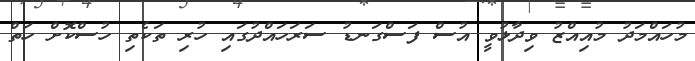
މުހައްމަދު މުއިއްޒު ވިދާޅުވީ އުސް ފަސްގަނޑު ސަރަހައްދުގައި ހުރި ތަކެތި ހުސްކޮށް ހަތް